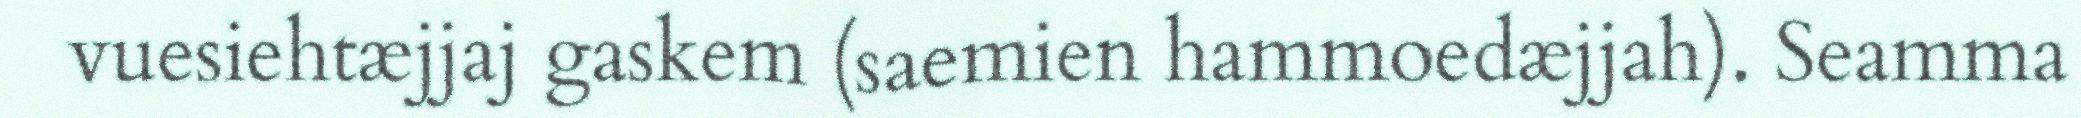
vuesiehtæjjaj gaskem (saemien hammoedæjjah). Seamma